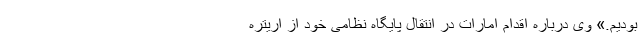
بودیم.» وی درباره اقدام امارات در انتقال پایگاه نظامی خود از اریتره